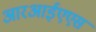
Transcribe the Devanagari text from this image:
आरआईएएस